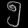
Digit: ၅